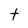
Character: t